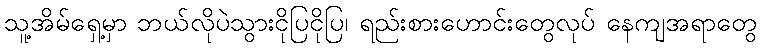
သူ့အိမ်ရှေ့မှာ ဘယ်လိုပဲသွားငိုပြငိုပြ၊ ရည်းစားဟောင်းတွေလုပ် နေကျအရာတွေ